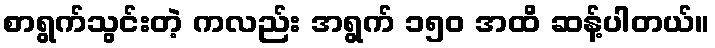
စာရွက်သွင်းတဲ့ ကလည်း အရွက် ၁၅ဝ အထိ ဆန့်ပါတယ်။